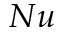
N u